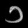
Digit: ၁